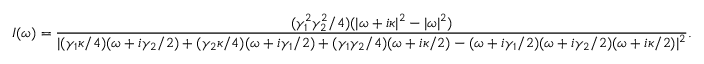
I ( \omega ) = \frac { ( \gamma _ { 1 } ^ { 2 } \gamma _ { 2 } ^ { 2 } / 4 ) ( | \omega + i \kappa | ^ { 2 } - | \omega | ^ { 2 } ) } { | ( \gamma _ { 1 } \kappa / 4 ) ( \omega + i \gamma _ { 2 } / 2 ) + ( \gamma _ { 2 } \kappa / 4 ) ( \omega + i \gamma _ { 1 } / 2 ) + ( \gamma _ { 1 } \gamma _ { 2 } / 4 ) ( \omega + i \kappa / 2 ) - ( \omega + i \gamma _ { 1 } / 2 ) ( \omega + i \gamma _ { 2 } / 2 ) ( \omega + i \kappa / 2 ) | ^ { 2 } } .